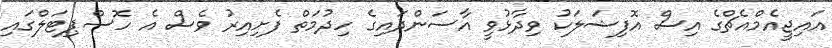
އައިޖީއެމްއެޗްގެ އިސް އޮފިޝަލަކު ވިދާޅުވީ އާސަންދައިގެ ހިދުމަތް ފެށިއިރު ވެސް އެ ހޮސްޕިޓަލްގައި